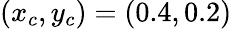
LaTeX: (x_{c},y_{c})=(0.4,0.2)